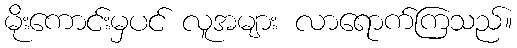
မိုးကောင်းမှပင် လူအများ လာရောက်ကြသည်။